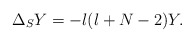
\begin{align*}\Delta_S Y=-l(l+N-2)Y.\end{align*}